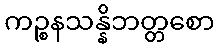
ကဉ္စနသန္နိဘတ္တစော